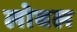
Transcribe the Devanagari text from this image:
लोबल